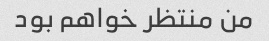
من منتظر خواهم بود